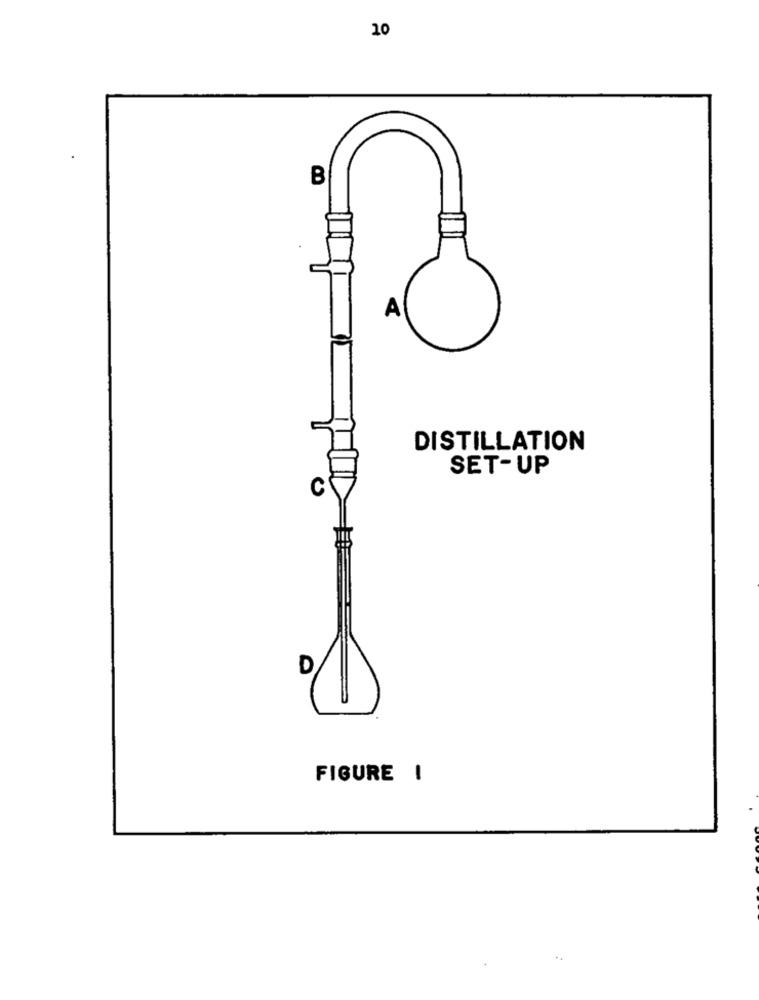
10
B
A
DISTILLATION
SET-UP
C
D
FIGURE !